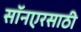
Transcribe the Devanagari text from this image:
सॉनएरसाठी